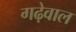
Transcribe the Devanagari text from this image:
गढ़ेवाल